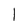
Character: 1